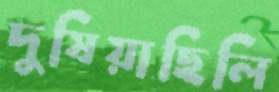
দুষিয়াছিলি